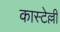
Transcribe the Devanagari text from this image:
कास्टेल्ली